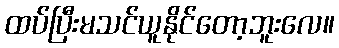
ထပ်ပြီးမသင်ယူနိုင်တော့ဘူးလေ။